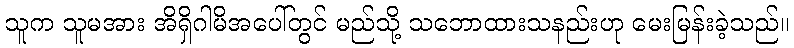
သူက သူမအား အိရှိဂါမိအပေါ်တွင် မည်သို့ သဘောထားသနည်းဟု မေးမြန်းခဲ့သည်။